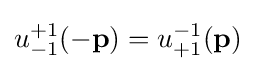
u_{-1}^{+1}(\mathbf {-p} )=u_{+1}^{-1}(\mathbf {p} )